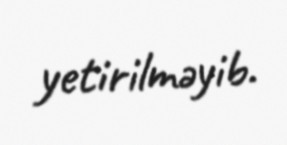
yetirilməyib.